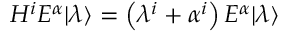
H ^ { i } E ^ { \alpha } | \lambda \rangle = \left( \lambda ^ { i } + \alpha ^ { i } \right) E ^ { \alpha } | \lambda \rangle